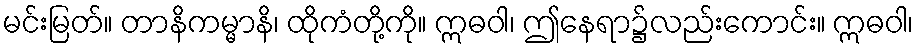
မင်းမြတ်။ တာနိကမ္မာနိ၊ ထိုကံတို့ကို။ ဣဓဝါ၊ ဤနေရာ၌လည်းကောင်း။ ဣဓဝါ၊